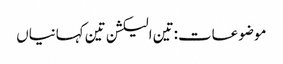
موضوعات:تین الیکشن تین کہانیاں